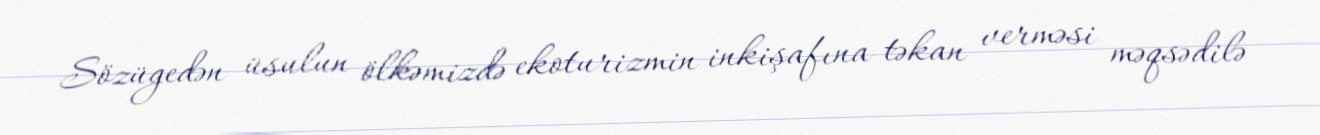
Sözügedən üsulun ölkəmizdə ekoturizmin inkişafına təkan verməsi məqsədilə